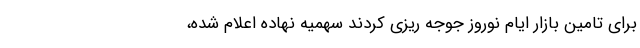
برای تامین بازار ایام نوروز جوجه ریزی کردند سهمیه نهاده اعلام شده،